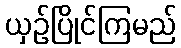
ယှဉ်ပြိုင်ကြမည်